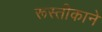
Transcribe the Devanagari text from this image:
रूस्तीकाने